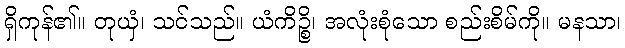
ရှိကုန်၏။ တုယှံ၊ သင်သည်။ ယံကိဉ္စိ၊ အလုံးစုံသော စည်းစိမ်ကို။ မနသာ၊